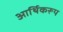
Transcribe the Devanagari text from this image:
आर्थिकरूप